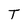
Character: T